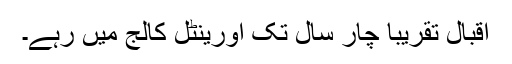
اقبال تقریباً چار سال تک اورینٹل کالج میں رہے۔